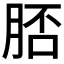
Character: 脴